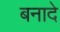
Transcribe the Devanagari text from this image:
बनादे